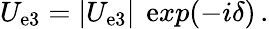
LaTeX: U_{\mathrm{e}3}=|U_{\mathrm{e}3}|\, ~\mathrm{e}xp{(-i\delta)}\, .